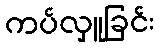
ကပ်လှူခြင်း